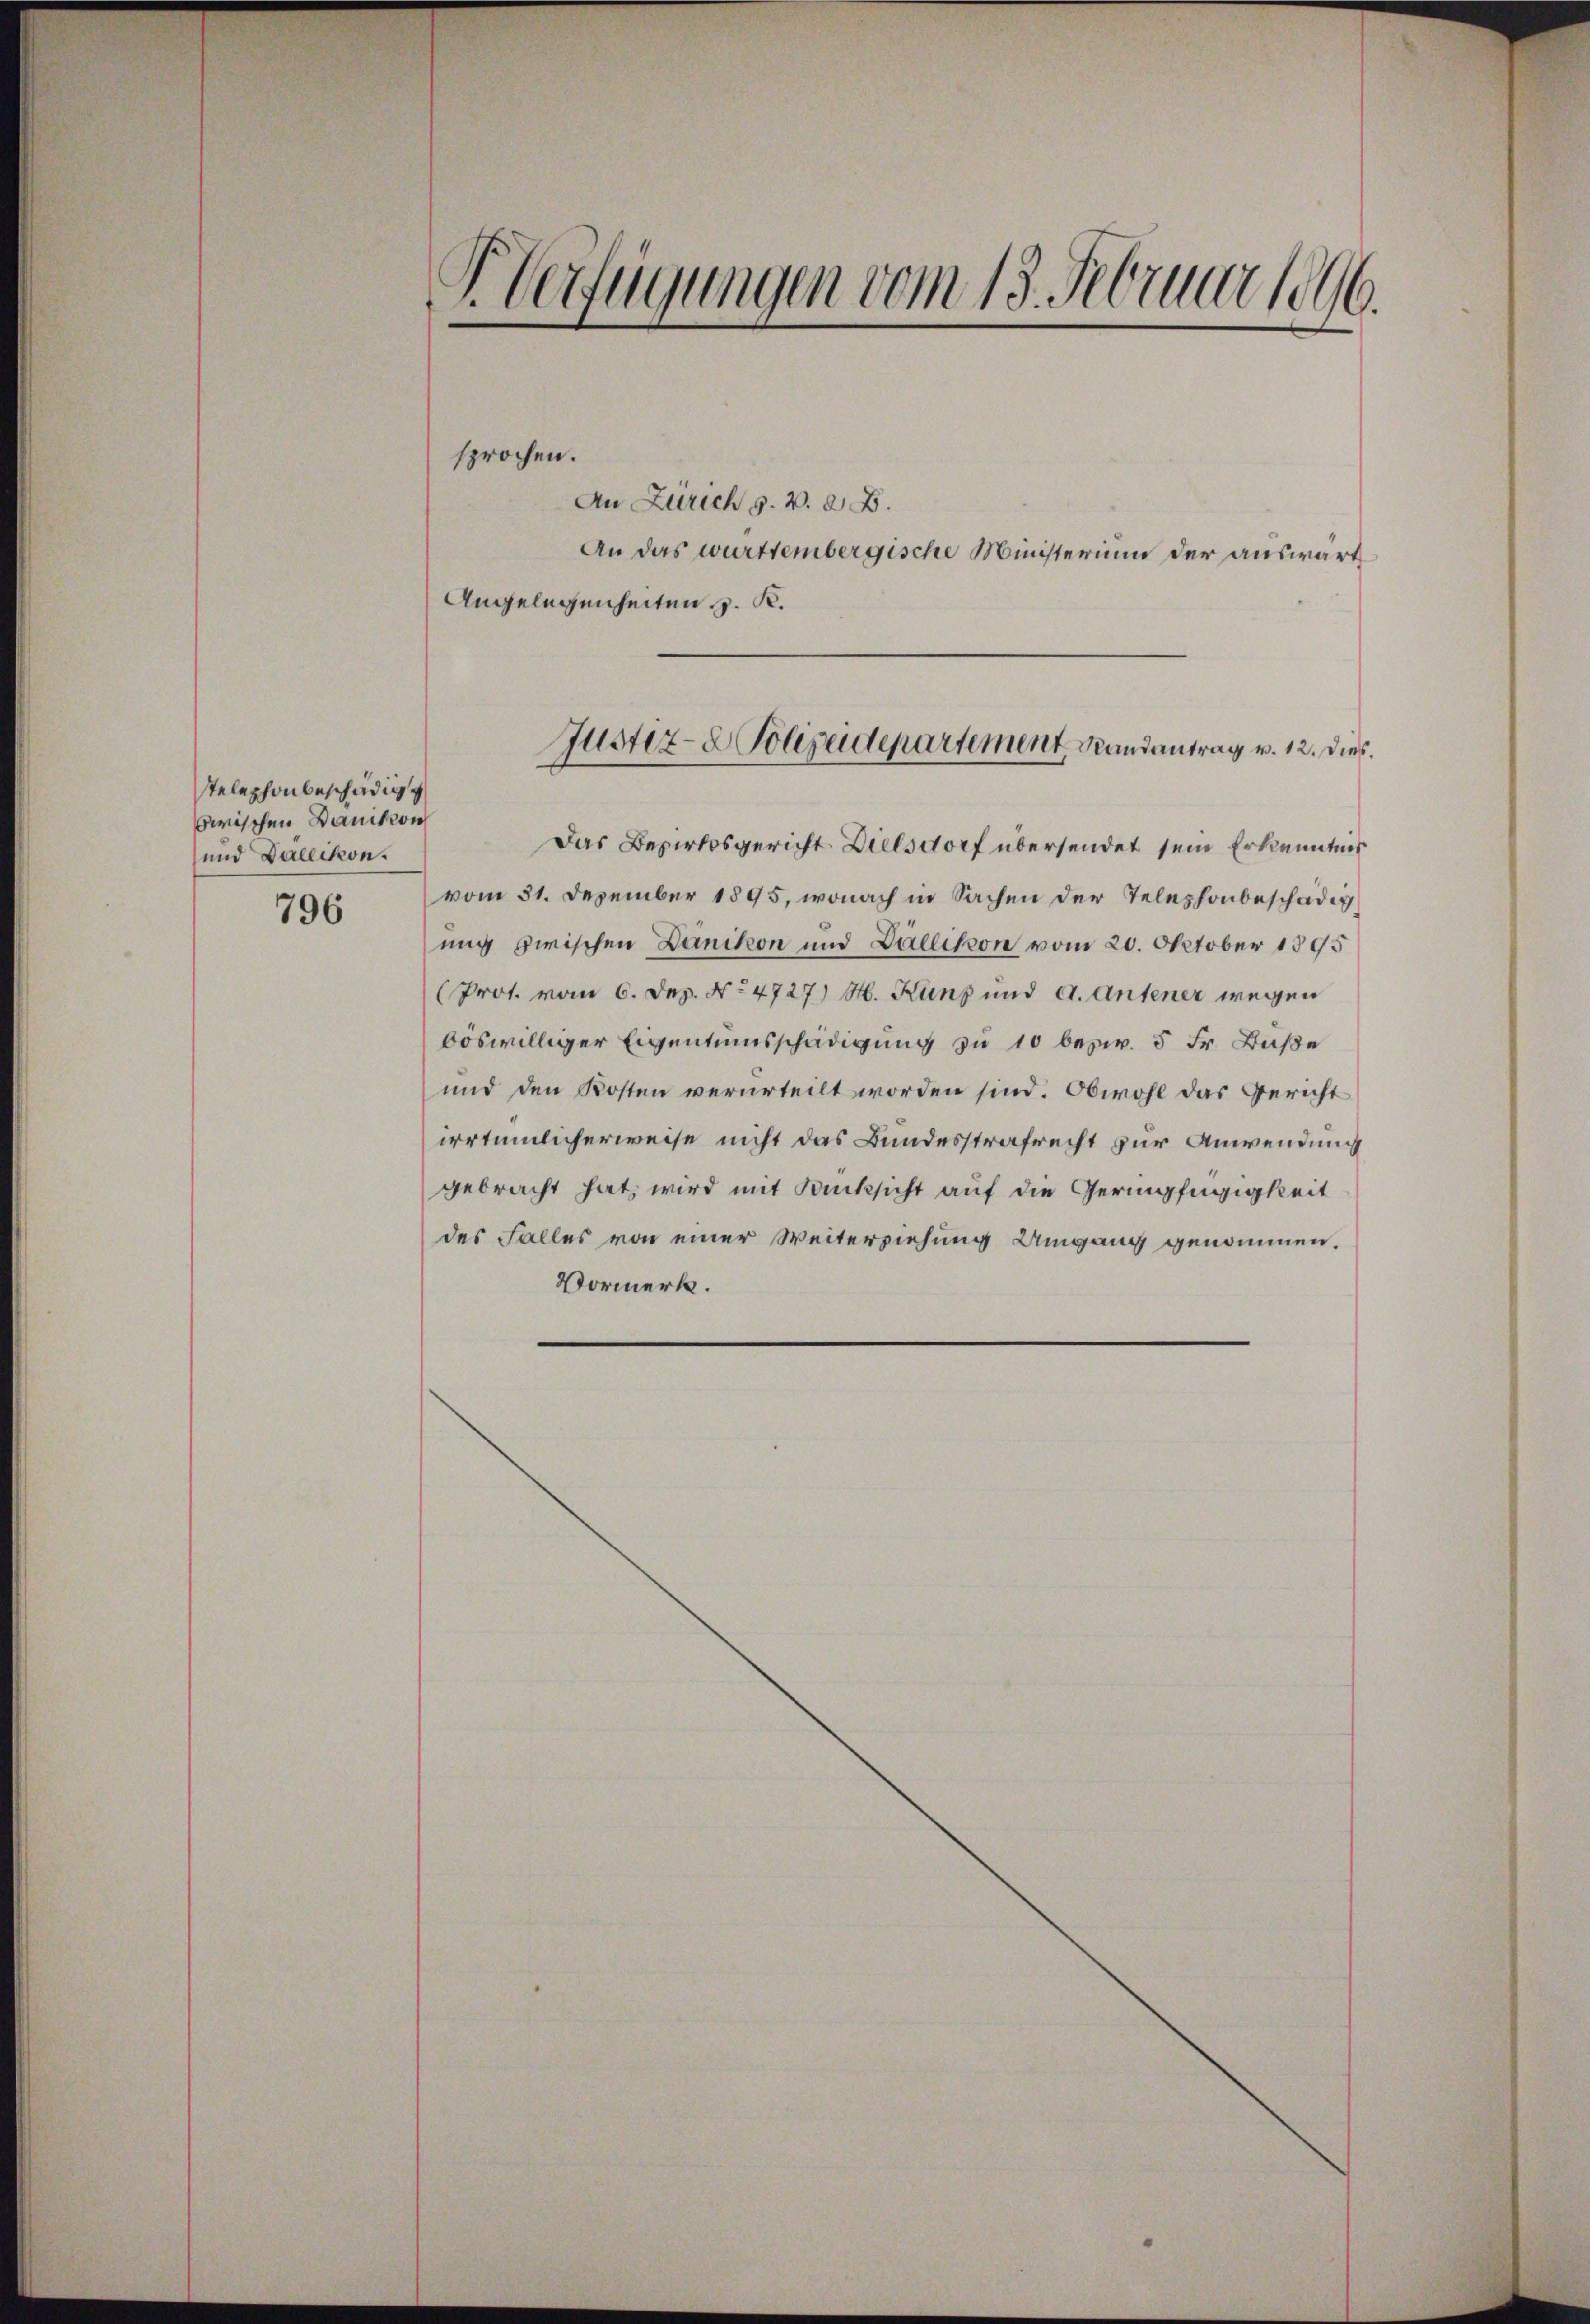
stelephonbeschädig
wrischen Dänikon
und Dallikon.

796

V Verfügungen vom 13. Februar 1896.

sprochen.

An Zürich s. v. a. B.
An das württembergische Ministerium der auswärt
Angelegenheiten J. K.

Das Bezirksgericht Dielsdorf übersendet sein Erkenntnis
vom 31. Dezember 1895, wonach in Sachen der Telephonbeschädig
ung zwischen Dänikon und Dällikon vom 20. Oktober 1895
(Prot. vom 6. Dez. No 4727) S. Kunz und a. Antener wegen
böswilliger Eigentumsschädigung zu 10 bezw. 5 Fr. Baße
und den Kosten verurteilt worden sind. Obwohl das Gericht
irrtümlicherweise nicht das Bundesstrafrecht zur Anwendung
gebracht hat, wird mit Rücksicht auf die Geringfügigkeit
des Falles von einer Weiterziehung Umgang genommen.
Vormerk.

Justiz- & Polizeidepartement Randantrag v. 12. Dies